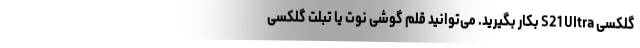
گلکسی S21 Ultra بکار بگیرید. می‌توانید قلم گوشی نوت یا تبلت گلکسی